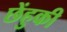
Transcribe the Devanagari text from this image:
छेंहुकी